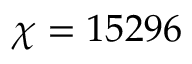
\chi = 1 5 2 9 6